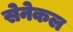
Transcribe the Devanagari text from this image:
सेनेकल